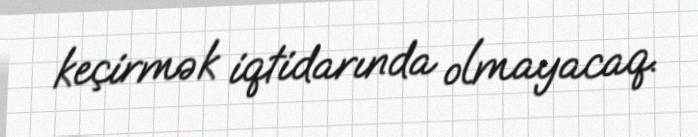
keçirmək iqtidarında olmayacaq.